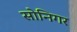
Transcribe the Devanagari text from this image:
सोनिगर